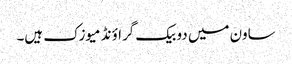
ساون میں دو بیک گراؤنڈ میوزک ہیں۔